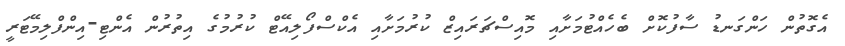
އެގޮތުން ހަންގަނޑު ސާފުކޮށް ބެހެއްޓުމަށާއި މޮއިސްޗަރައިޒް ކުރުމަށާއި އެކްސްފޯލިއޭޓް ކުރުމުގެ އިތުރުން އެންޓި-އިންފްލިމޭޓަރީ